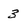
Character: 3